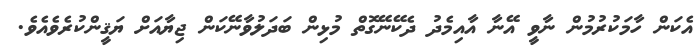
އެކަން ހާމަކުރުމުން ނާވީ އޭނާ އާއިމެދު ދެކޭނޭގޮތް މުޅިން ބަދަލުވާނޭކަން ޖިޔާއަށް ޔަޤީންކުރެވެއެވެ.